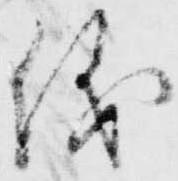
儀